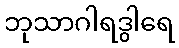
ဘုသာဂါရဒွါရေ